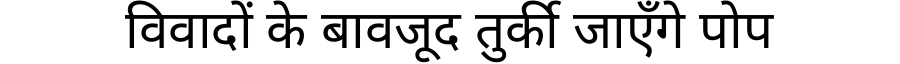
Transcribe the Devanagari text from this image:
विवादों के बावजूद तुर्की जाएँगे पोप